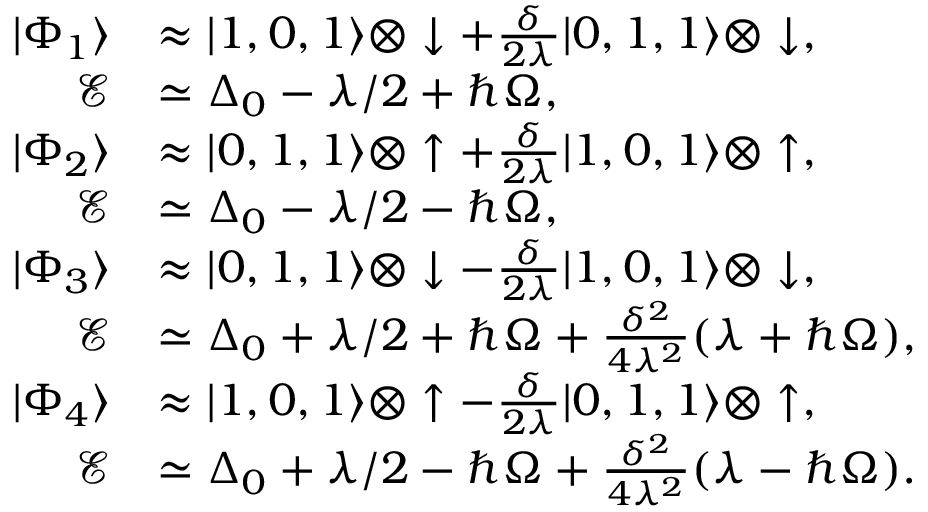
\begin{array} { r l } { | \Phi _ { 1 } \rangle } & { \approx | 1 , 0 , 1 \rangle \otimes \downarrow + \frac { \delta } { 2 \lambda } | 0 , 1 , 1 \rangle \otimes \downarrow , \quad } \\ { \mathcal { E } } & { \simeq \Delta _ { 0 } - \lambda / 2 + \hbar \Omega , } \\ { | \Phi _ { 2 } \rangle } & { \approx | 0 , 1 , 1 \rangle \otimes \uparrow + \frac { \delta } { 2 \lambda } | 1 , 0 , 1 \rangle \otimes \uparrow , \quad } \\ { \mathcal { E } } & { \simeq \Delta _ { 0 } - \lambda / 2 - \hbar \Omega , } \\ { | \Phi _ { 3 } \rangle } & { \approx | 0 , 1 , 1 \rangle \otimes \downarrow - \frac { \delta } { 2 \lambda } | 1 , 0 , 1 \rangle \otimes \downarrow , \quad } \\ { \mathcal { E } } & { \simeq \Delta _ { 0 } + \lambda / 2 + \hbar \Omega + \frac { \delta ^ { 2 } } { 4 \lambda ^ { 2 } } ( \lambda + \hbar \Omega ) , } \\ { | \Phi _ { 4 } \rangle } & { \approx | 1 , 0 , 1 \rangle \otimes \uparrow - \frac { \delta } { 2 \lambda } | 0 , 1 , 1 \rangle \otimes \uparrow , \quad } \\ { \mathcal { E } } & { \simeq \Delta _ { 0 } + \lambda / 2 - \hbar \Omega + \frac { \delta ^ { 2 } } { 4 \lambda ^ { 2 } } ( \lambda - \hbar \Omega ) . } \end{array}